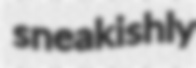
sneakishly